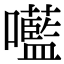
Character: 㘕